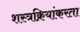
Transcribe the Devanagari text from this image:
शस्त्रक्रियांकरता